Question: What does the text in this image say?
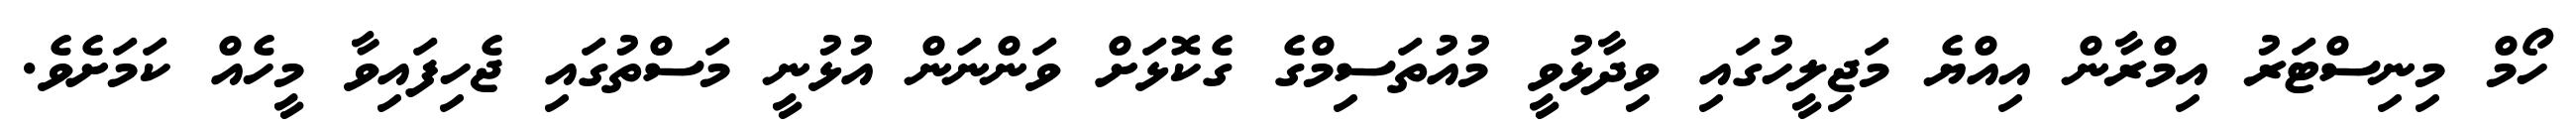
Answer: ހޯމް މިނިސްޓަރު އިމްރާން އިއްޔެ މަޖިލީހުގައި ވިދާޅުވީ މުއުތަސިމްގެ ގެކޮޅަށް ވަންނަން އުޅުނީ މަސްތުގައި ޖެހިފައިވާ މީހެއް ކަމަށެވެ.